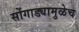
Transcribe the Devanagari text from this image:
सोंगाड्यामुळेच